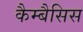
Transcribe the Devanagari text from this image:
कैम्बैसिस